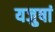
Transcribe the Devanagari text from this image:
यजुषां